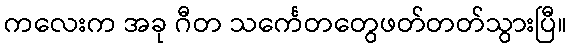
ကလေးက အခု ဂီတ သင်္ကေတတွေဖတ်တတ်သွားပြီ။